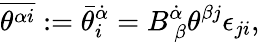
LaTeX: \overline{{{\theta^{\alpha i}}}}:={\bar{\theta}}_{i}^{\dot{\alpha}}=B_{~\beta}^{\dot{\alpha}}\theta^{\beta j}\epsilon_{ji},